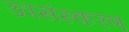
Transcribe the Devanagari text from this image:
उपसंस्करण